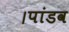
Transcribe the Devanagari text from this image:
।पांडव